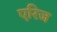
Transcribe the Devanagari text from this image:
एरिज